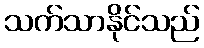
သက်သာနိုင်သည်